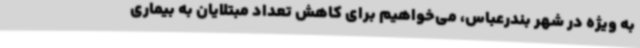
به ویژه در شهر بندرعباس، می‌خواهیم برای کاهش تعداد مبتلایان به بیماری